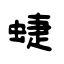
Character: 蜨